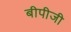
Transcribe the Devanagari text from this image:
बीपीजी